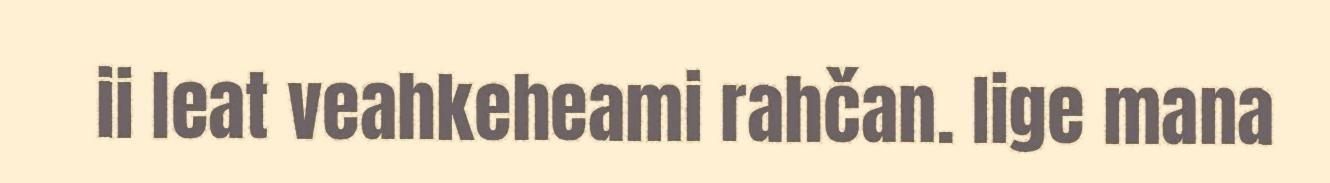
ii leat veahkeheami rahčan. Iige mana